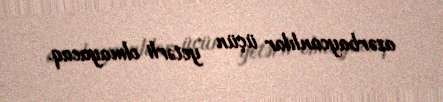
azərbaycanlılar üçün yetərli olmayacaq.